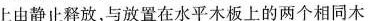
上由静止释放，与放置在水平木板上的两个相同木块